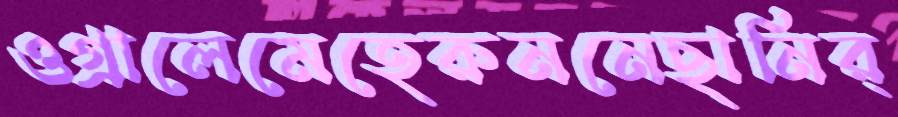
ওগ্‌রালেমেহেরুননেছানির্